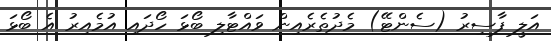
އަލީ ފާސިރު (ސެންޓޭ) މެދުތެރެއިން ވައްޓާލި ބޯޅަ ހޯދައި އުމެއިރު އެ ބޯޅަ